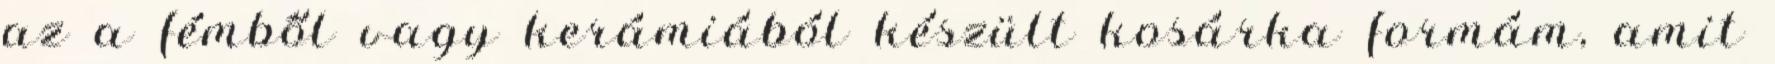
az a fémből vagy kerámiából készült kosárka formám, amit